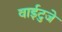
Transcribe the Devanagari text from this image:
वाईटुजे